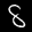
Label: 8